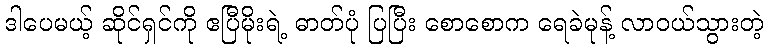
ဒါပေမယ့် ဆိုင်ရှင်ကို ဧပြီမိုးရဲ့ ဓာတ်ပုံ ပြပြီး စောစောက ရေခဲမုန့် လာဝယ်သွားတဲ့